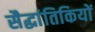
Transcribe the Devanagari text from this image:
सैद्धांतिकियों